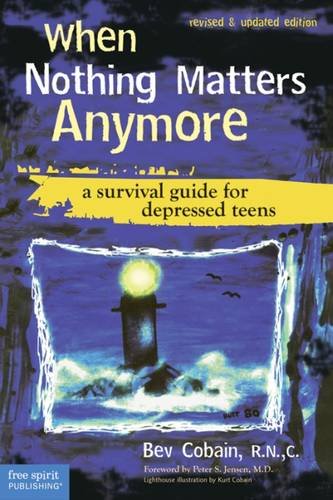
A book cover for When Nothing Matters Anymore: A Survival Guide for Depressed Teens; Bev Cobain R.N. C.; Self-Help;